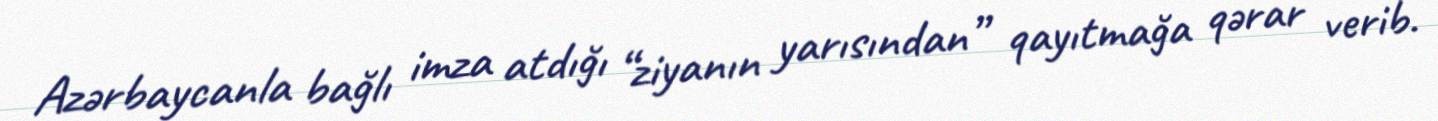
Azərbaycanla bağlı imza atdığı “ziyanın yarısından” qayıtmağa qərar verib.